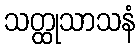
သတ္ထုသာသနံ